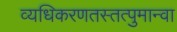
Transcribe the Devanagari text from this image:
व्यधिकरणतस्तत्पुमान्वा